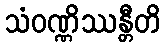
သံဝဏ္ဏိဿန္တီတိ